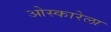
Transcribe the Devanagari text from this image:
ओस्कारेला